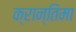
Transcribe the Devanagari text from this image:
क्रान्तिमा